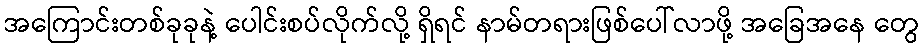
အကြောင်းတစ်ခုခုနဲ့ ပေါင်းစပ်လိုက်လို့ ရှိရင် နာမ်တရားဖြစ်ပေါ်လာဖို့ အခြေအနေ တွေ